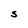
Character: S